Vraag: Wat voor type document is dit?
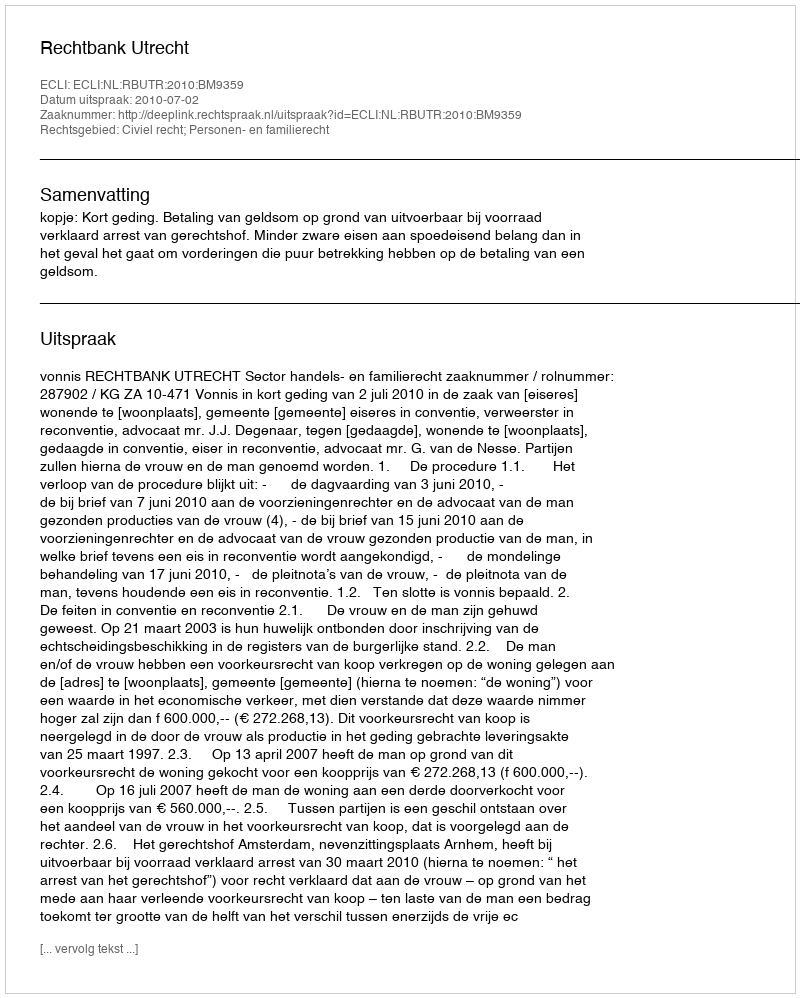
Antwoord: Uitspraak